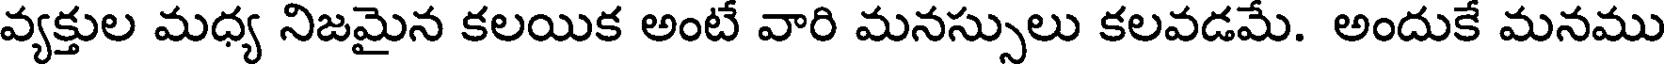
వ్యక్తుల మధ్య నిజమైన కలయిక అంటే వారి మనస్సులు కలవడమే. అందుకే మనము